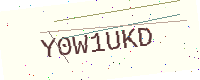
Text: Y0W1UKD